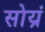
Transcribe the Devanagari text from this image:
सोय्रं